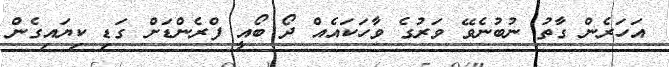
އަހަރެން ގާތު ނުބުނެވޭ ވަރުގެ ވާހަކައެއް ދޯ ބޯއީ ފްރެންޑަށް ގަޑި ކިޔައިގެން